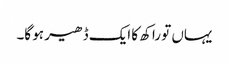
یہاں تو راکھ کا ایک ڈھیر ہو گا۔